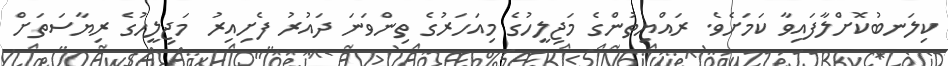
ކިލަނބުކޮށްލާފައިވާ ކަމަށެވެ. ރައްޔިތުންގެ މަޖިލީހުގެ މިއަހަރުގެ ތިންވަނަ ދައުރު ފެށިއިރު މަޖިލީހުގެ ރިޔާސަތަށް